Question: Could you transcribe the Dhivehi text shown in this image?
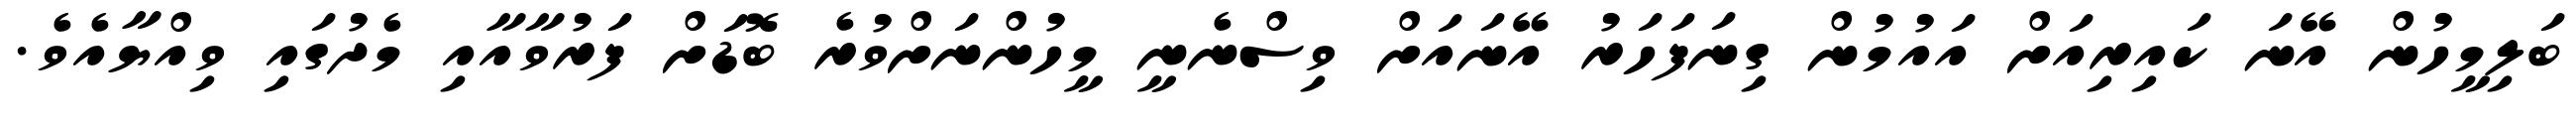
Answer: ބަލިމީހުން އޭނަ ކައިރިއަށް އައުމުން ގިނަފަހަރު އޭނައަށް ވިސްނެނީ މީހުންނަށްވުރެ ބޮޑަށް ފަރުވާއާއި މެދުގައި ވިއްޔާއެވެ.